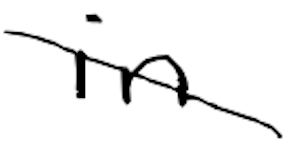
Text: in
Cross-out: diagonal
Writing tool: digital_black